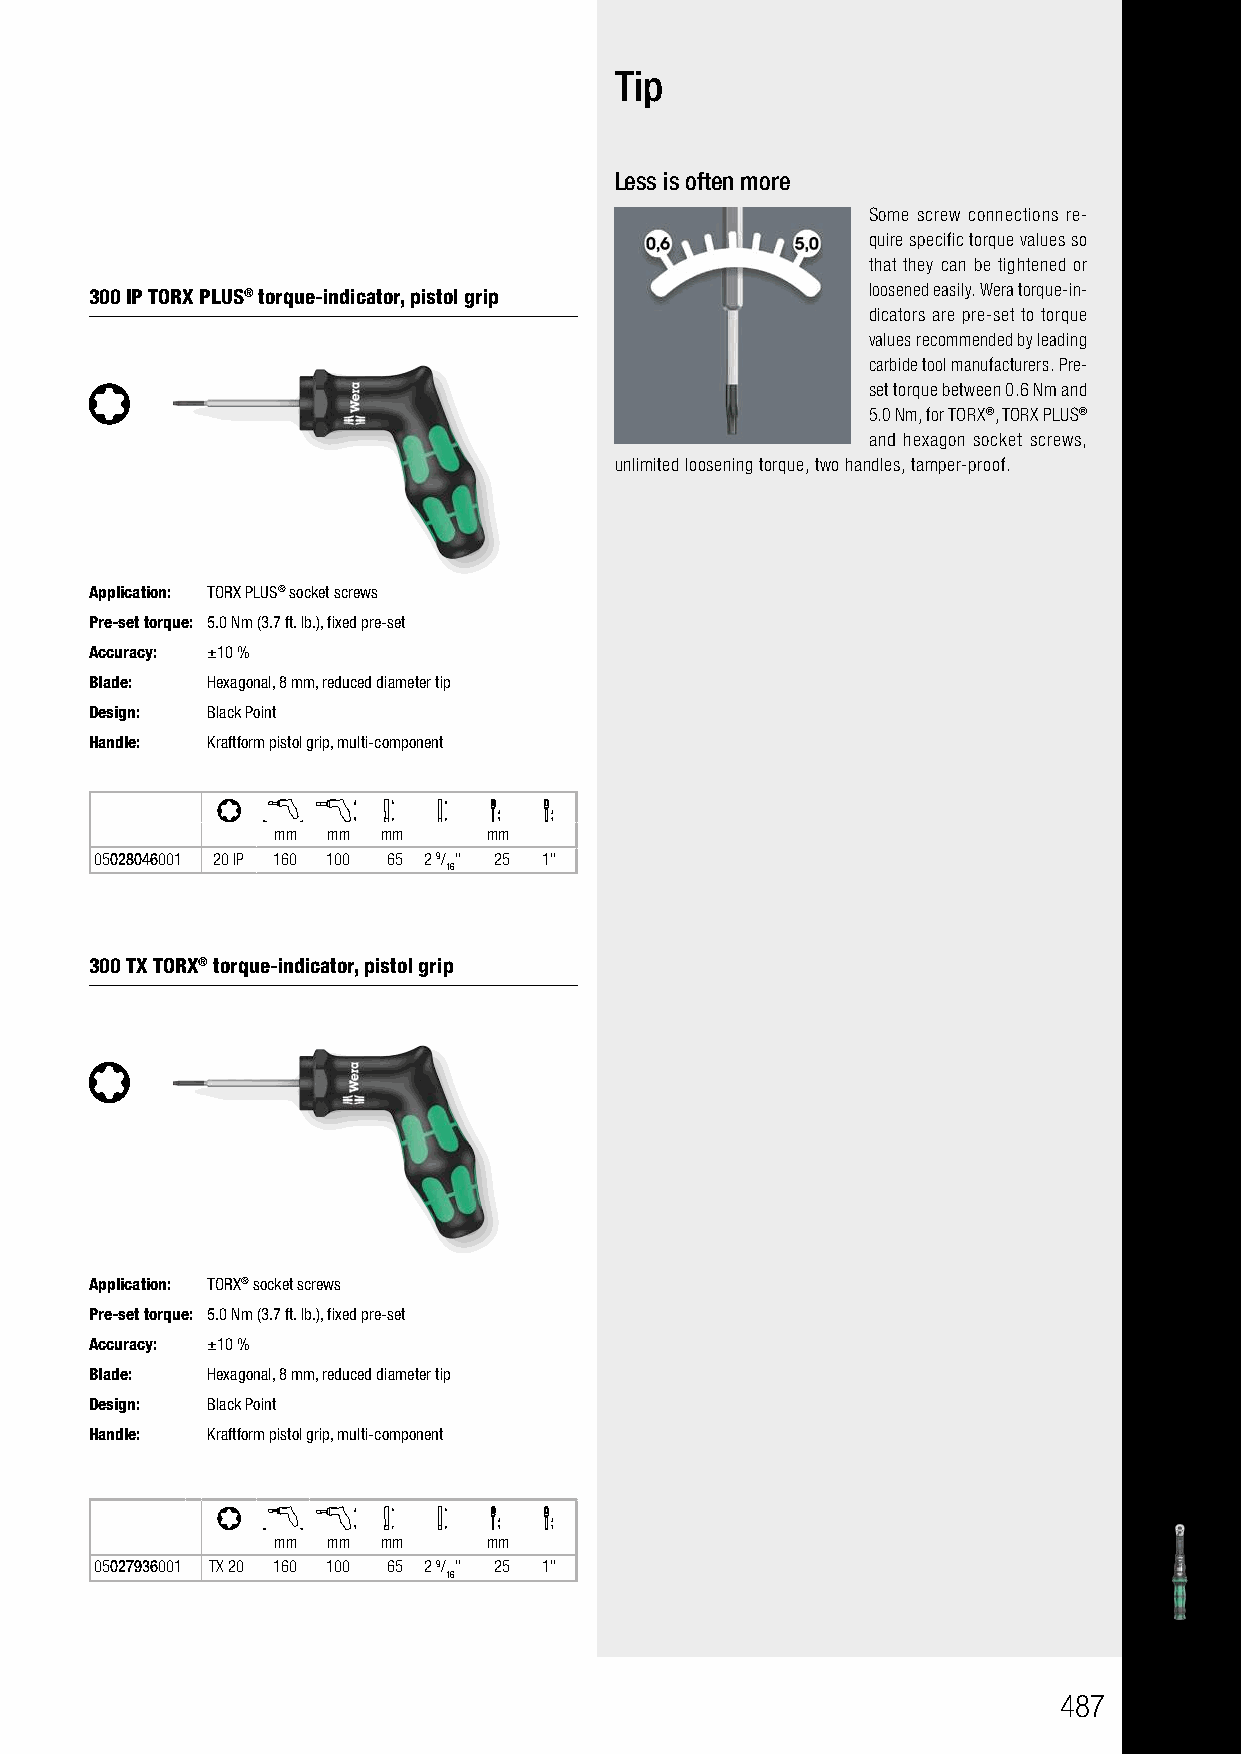
Tip
 Less is often more
 Some screw connections re-
 quire specific torque values so
 that they can be tightened or
 loosened easily. Wera torque-in-
 300 IP TORX PLUS® torque-indicator, pistol grip
 dicators are pre-set to torque
 values recommended by leading
 carbide tool manufacturers. Pre-
 set torque between 0.6 Nm and
 5.0 Nm, for TORX®, TORX PLUS®
 and hexagon socket screws,
 unlimited loosening torque, two handles, tamper-proof.
 Application: TORX PLUS® socket screws
 Pre-set torque: 5.0 Nm (3.7 ft. lb.), fixed pre-set
 Accuracy: ±10 %
 Blade:  Hexagonal, 8 mm, reduced diameter tip
 Design: Black Point
 Handle: Kraftform pistol grip, multi-component
 mm  mm mm     mm
 05028046001 20 IP 160 100 65 2 9/ " 25 1"
 16
 300 TX TORX® torque-indicator, pistol grip
 Application: TORX® socket screws
 Pre-set torque: 5.0 Nm (3.7 ft. lb.), fixed pre-set
 Accuracy: ±10 %
 Blade:  Hexagonal, 8 mm, reduced diameter tip
 Design: Black Point
 Handle: Kraftform pistol grip, multi-component
 mm  mm mm     mm
 05027936001 TX 20 160 100 65 2 9/ " 25 1"
 16
 487